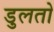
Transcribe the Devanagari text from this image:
डुलतो